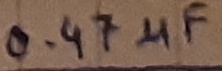
Text: 0.47µF